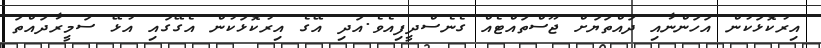
އިރުކޮޅަކުން އަހަންނާއި ދައްތަޔަށް ޖޫސްތައްޓެއް ގެނެސްދީފިއެވެ.އަދި އޭގެ އިރުކޮޅަކުން އެގޭގައި އުޅޭ ސަމީރާދައްތަ